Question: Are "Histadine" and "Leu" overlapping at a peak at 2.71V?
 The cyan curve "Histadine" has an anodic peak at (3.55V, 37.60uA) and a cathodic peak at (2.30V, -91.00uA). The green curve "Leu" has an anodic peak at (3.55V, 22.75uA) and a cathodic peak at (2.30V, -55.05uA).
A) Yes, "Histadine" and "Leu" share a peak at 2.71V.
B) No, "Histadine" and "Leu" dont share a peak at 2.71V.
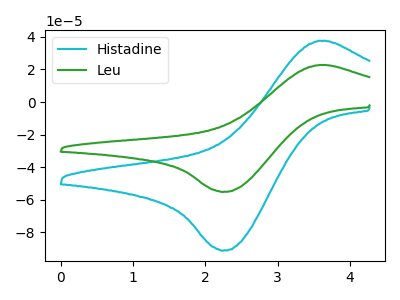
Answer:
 <answer>B) No, "Histadine" and "Leu" dont share a peak at 2.71V.</answer>
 <eval>B</eval>